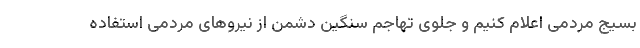
بسیج مردمی اعلام کنیم و جلوی تهاجم سنگین دشمن از نیروهای مردمی استفاده